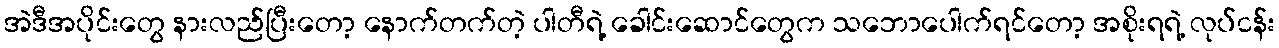
အဲဒီအပိုင်းတွေ နားလည်ပြီးတော့ နောက်တက်တဲ့ ပါတီရဲ့ ခေါင်းဆောင်တွေက သဘောပေါက်ရင်တော့ အစိုးရရဲ့ လုပ်ငန်း